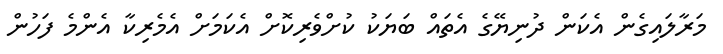
މަރާލައިގެން އެކަަން ދުނިޔޭގެ އެތައް ބަޔަކު ކުށްވެރިކޮށް އެކަމަށް އެމެރިކާ އެންމެ ފަހުން